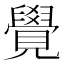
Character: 覺